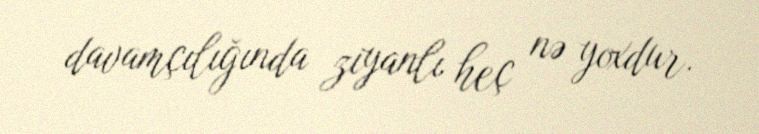
davamçılığında ziyanlı heç nə yoxdur.